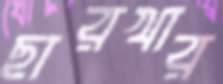
ছারখার